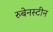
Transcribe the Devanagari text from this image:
रुबेनस्टीन